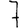
Digit: 7